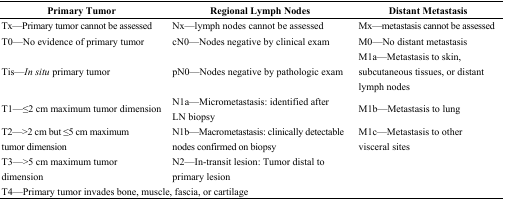
<table><thead><tr><td><b>Primary Tumor</b></td><td><b>Regional Lymph Nodes</b></td><td><b>Distant Metastasis</b></td></tr></thead><tbody><tr><td>Tx—Primary tumor cannot be assessed</td><td>Nx—lymph nodes cannot be assessed</td><td>Mx—metastasis cannot be assessed</td></tr><tr><td>T0—No evidence of primary tumor</td><td>cN0—Nodes negative by clinical exam</td><td>M0—No distant metastasis</td></tr><tr><td>Tis—<i>In situ</i> primary tumor</td><td>pN0—Nodes negative by pathologic exam</td><td>M1a—Metastasis to skin, subcutaneous tissues, or distant lymph nodes</td></tr><tr><td>T1—≤2 cm maximum tumor dimension</td><td>N1a—Micrometastasis: identified after LN biopsy</td><td>M1b—Metastasis to lung</td></tr><tr><td>T2—&gt;2 cm but ≤5 cm maximum tumor dimension</td><td>N1b—Macrometastasis: clinically detectable nodes confirmed on biopsy</td><td>M1c—Metastasis to other visceral sites</td></tr><tr><td>T3—&gt;5 cm maximum tumor dimension</td><td>N2—In-transit lesion: Tumor distal to primary lesion</td><td></td></tr><tr><td colspan="3">T4—Primary tumor invades bone, muscle, fascia, or cartilage</td></tr></tbody></table>